Civil Veterinary Dept. Bombay admin report 1923-31 - 1923-1931
Year: 1923
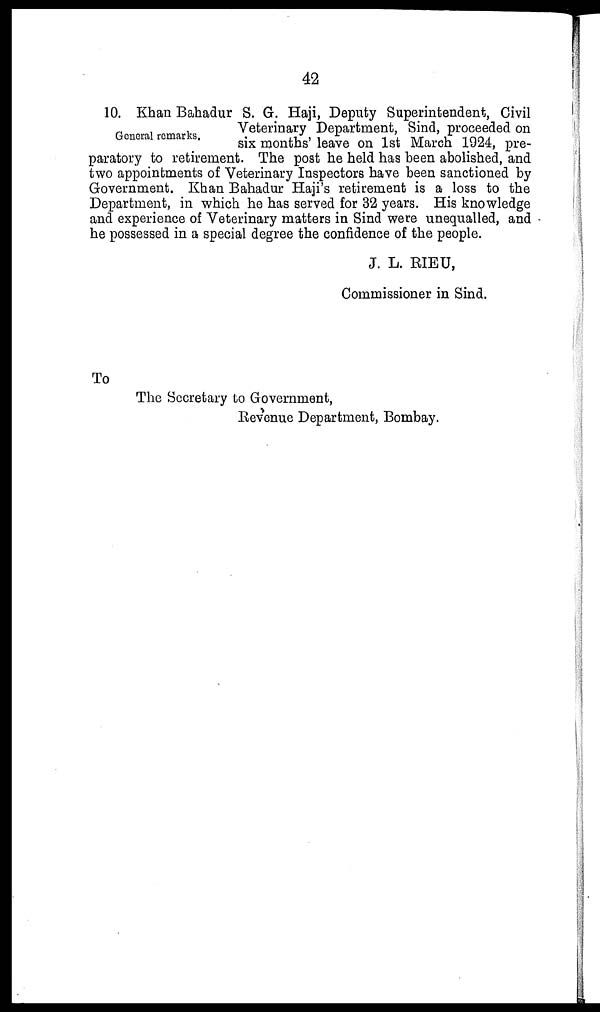
42
General remarks.
10. Khan Bahadur S. G. Haji, Deputy Superintendent, Civil
Veterinary Department, Sind, proceeded on
six months' leave on 1st March 1924, pre-
paratory to retirement. The post he held has been abolished, and
two appointments of Veterinary Inspectors have been sanctioned by
Government. Khan Bahadur Haji's retirement is a loss to the
Department, in which he has served for 32 years. His knowledge
and experience of Veterinary matters in Sind were unequalled, and
he possessed in a special degree the confidence of the people.
J. L. RIEU,
Commissioner in Sind.
To
The Secretary to Government,
Revenue Department, Bombay.